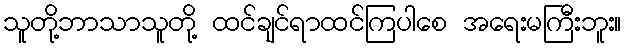
သူတို့ဘာသာသူတို့ ထင်ချင်ရာထင်ကြပါစေ အရေးမကြီးဘူး။